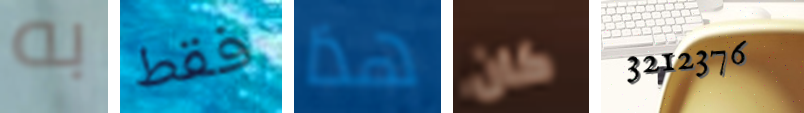
به فقط هذا كان 3212376